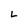
Character: L